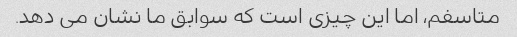
متاسفم، اما این چیزی است که سوابق ما نشان می دهد.